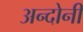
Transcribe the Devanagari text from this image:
अन्दोनी